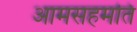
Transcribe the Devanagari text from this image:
आमसहमति